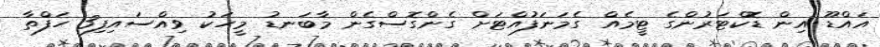
އައްޑޫ އިން ޑޮކްޓަރުންގެ ޓީމެއް ގެމަނަފުއްޓަށް ގެންގޮސްގެން މާބަނޑު މީހަކު ވިއްސައިފި3 ހަފްތާ